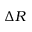
\Delta R